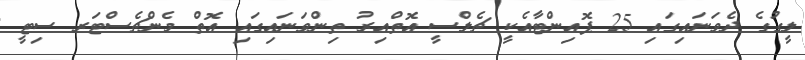
ލީގުގެ ދެވަނައިގައި 25 ޕޮއިންޓާއެކީ ޗެލްސީ އޮތްއިރު ތިންވަނައިގައި އޮތް މެންޗެސްޓަރ ސިޓީ